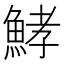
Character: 𩷨